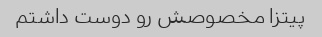
پیتزا مخصوصش رو دوست داشتم